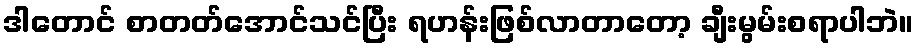
ဒါတောင် စာတတ်အောင်သင်ပြီး ရဟန်းဖြစ်လာတာတော့ ချီးမွမ်းစရာပါဘဲ။